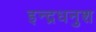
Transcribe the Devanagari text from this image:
इन्द्रधनुश